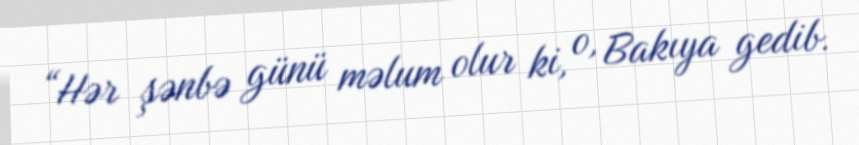
“Hər şənbə günü məlum olur ki, o, Bakıya gedib.